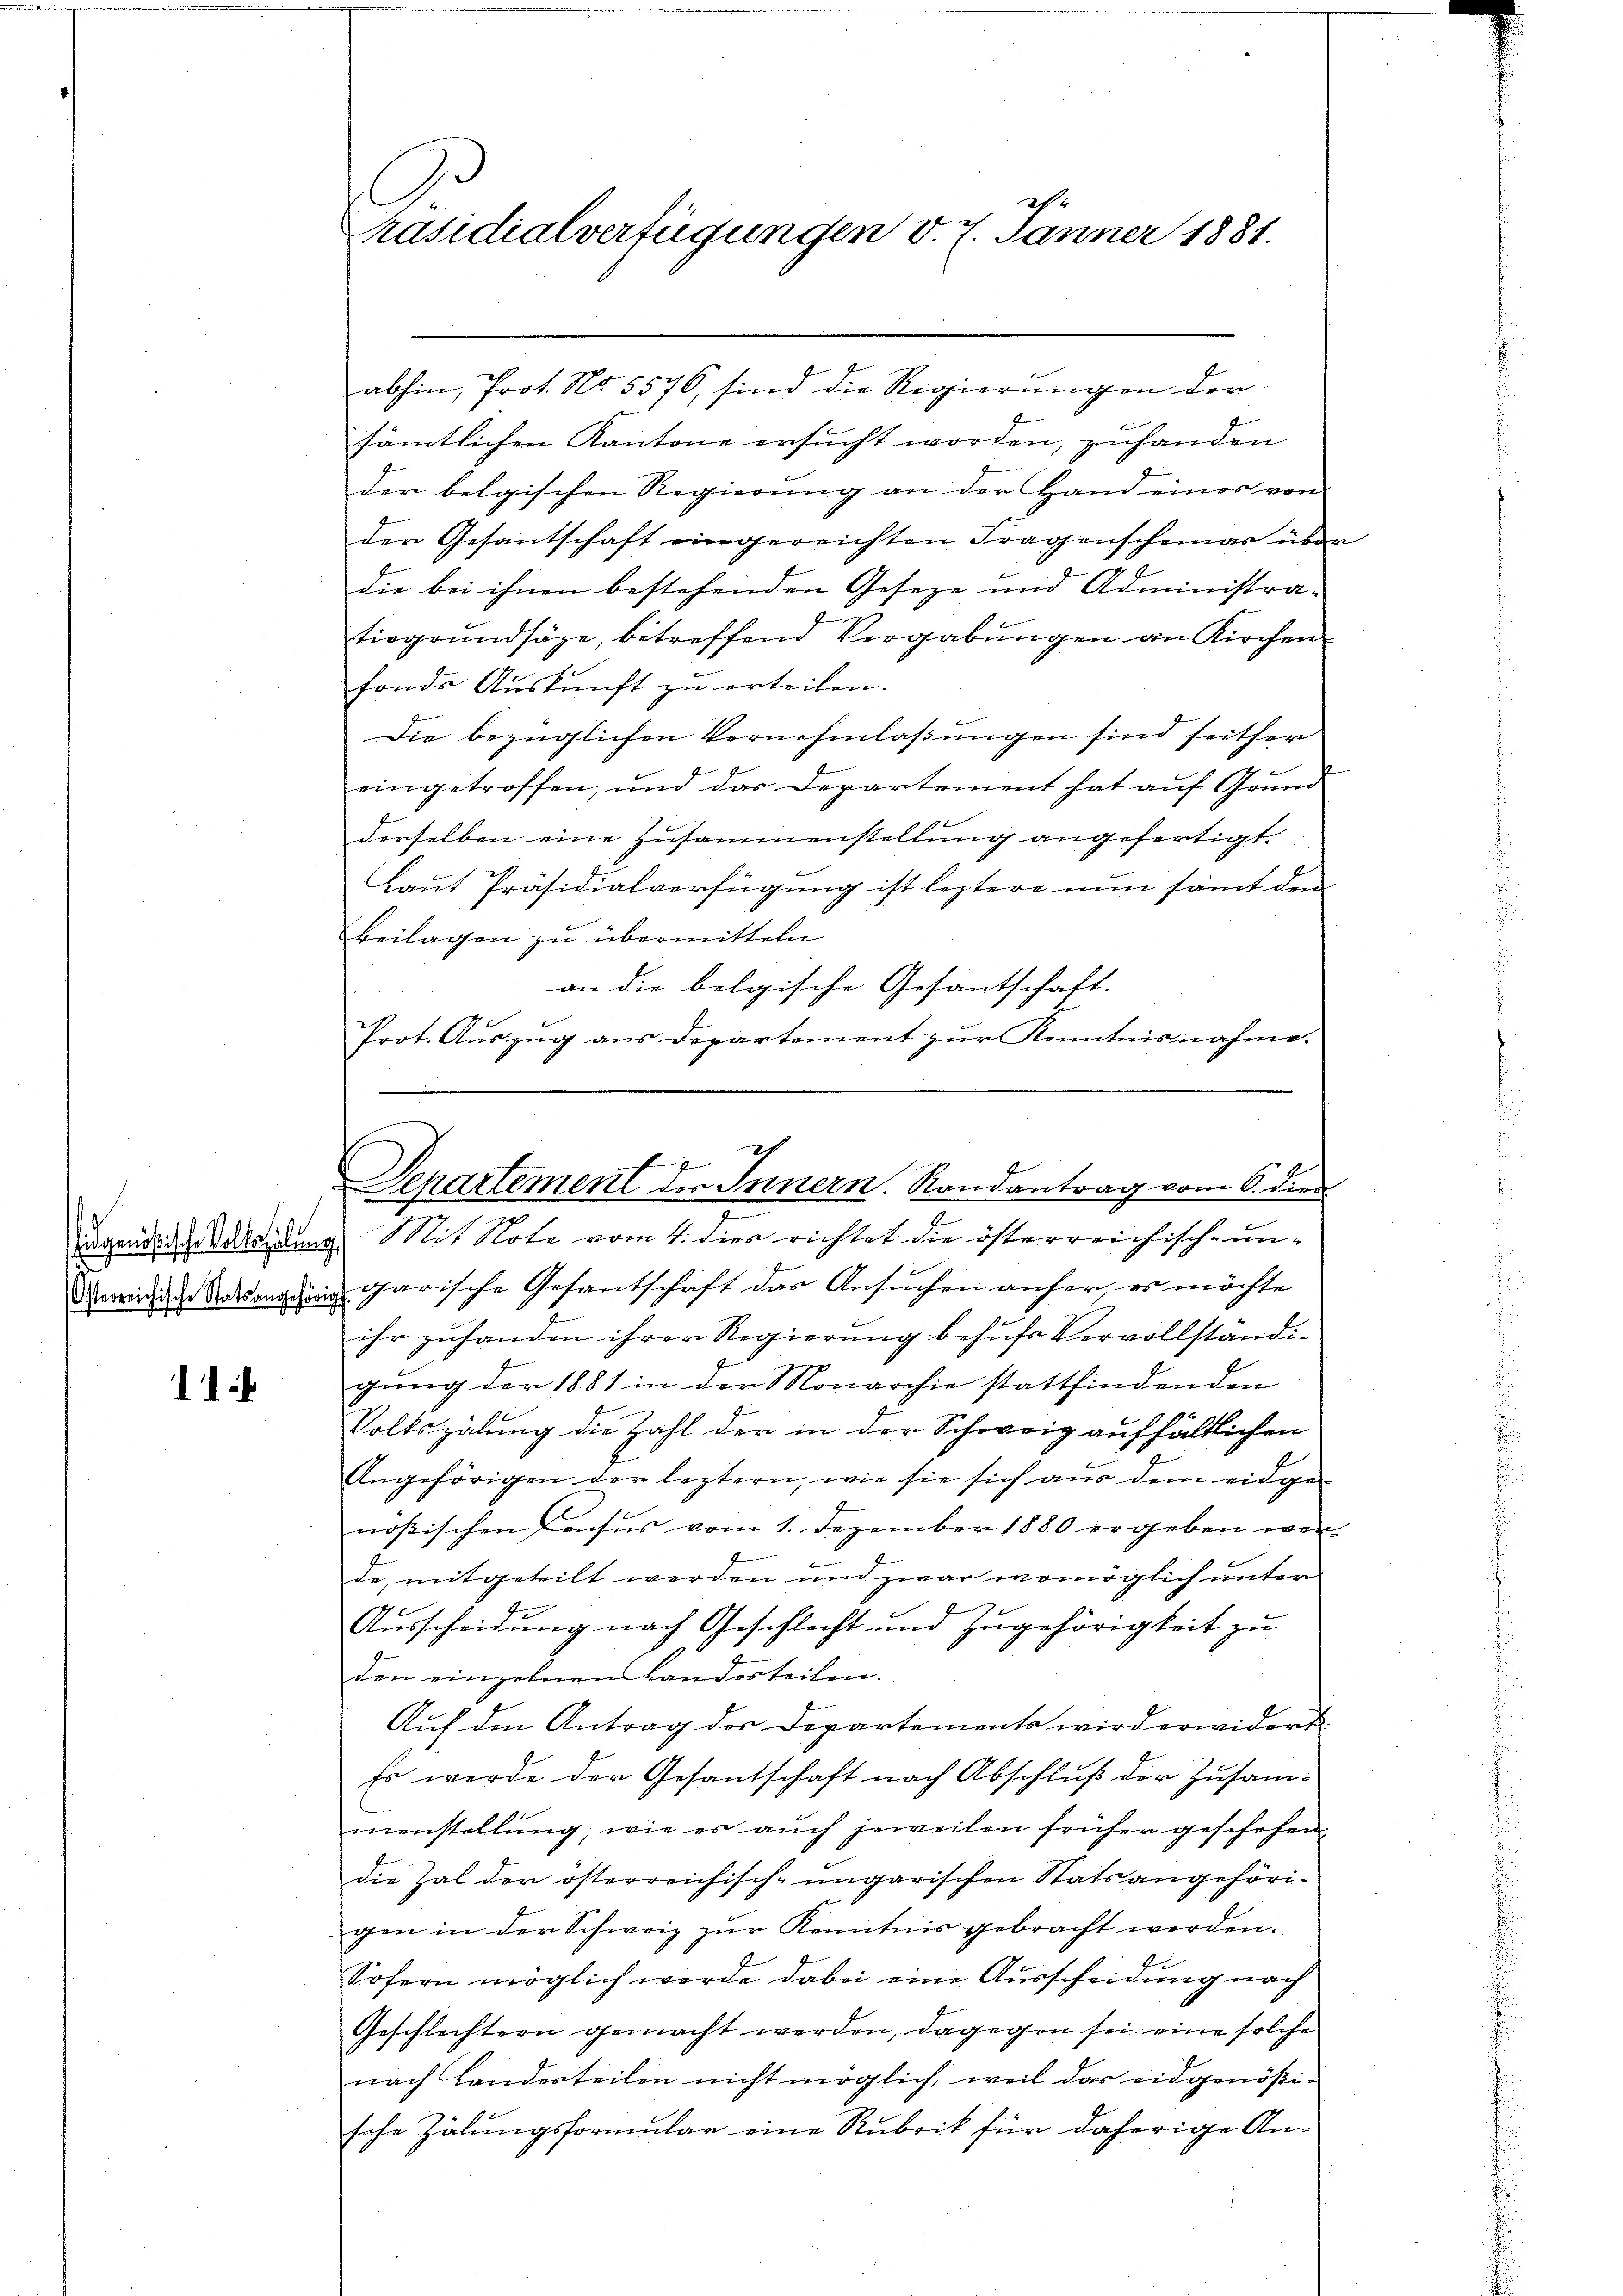
11

abhin, Prot. No. 5576, sind die Regierungen der
sämtlichen Kantone ersucht worden, zuhanden
der belgischen Regierung an der Hand eines von
der Gesantschaft eingereichten Fragenscheinar über
die bei ihnen bestehenden Geseze und Administra-
tirgrundsätze, betreffend Vergabungen an Kirchen
fonde Auskunft zu erteilen.
Die bezüglichen Vernehmlassungen sind seither
eingetroffen, und das Departement hat auf Grund-
derselben eine Zusammenstellung angefertigt.
Laut Präsidialverfügung ist leztere nun samt den
Beilagen zu übermitteln
an die belgische Gesantschaft.
Prot. Auszug aus Departement zur Kenntnisnahme.
ugendlicheredung. Mit Note vom 4. dies richtet die österreichische un-
garische Gesantschaft das Ansuchen anher, es möchte
ihr zuhanden ihrer Regierung behufs Vervollständigung der 1881 in der Monarchie stattfindenden
Volkszähung die Zahl der in der Schweiz aufhältlichen
Angehörigen der leztern, wie sie sich aus dem eidge
nößischen Pensus vom 1. Dezember 1880 ergeben wer-
de, mitgeteilt werden und zwar womöglich unter
7
Aŭsscheidŭng nach Geschlecht und zŭgehörigkeit zu
den einzelnen Landerteilen.
Auf den Antrag der Departements wird erwidert.
Es werde der Gesantschaft nach Abschluß der Zusam-
menstellung, wie es auch jeweilen früher geschehen
die Zal der österreichisch-ungarischen Statsangehörigen in der Schweiz zur Kenntnis gebracht werden.
Sofern möglich werde dabei eine Ausscheidung nach
Geschlechtern gemacht werden, dagegen sei eine solche
nach Landerteilen nicht möglich, weil das eidgenößische Zähungsformular eine Rubrik für daherige An¬

C
24
räsidialverfügungen d. 7. Jänner 1881.

ch
f
Separtement des Innern. Randantrag vom 6. dien